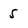
Character: 5